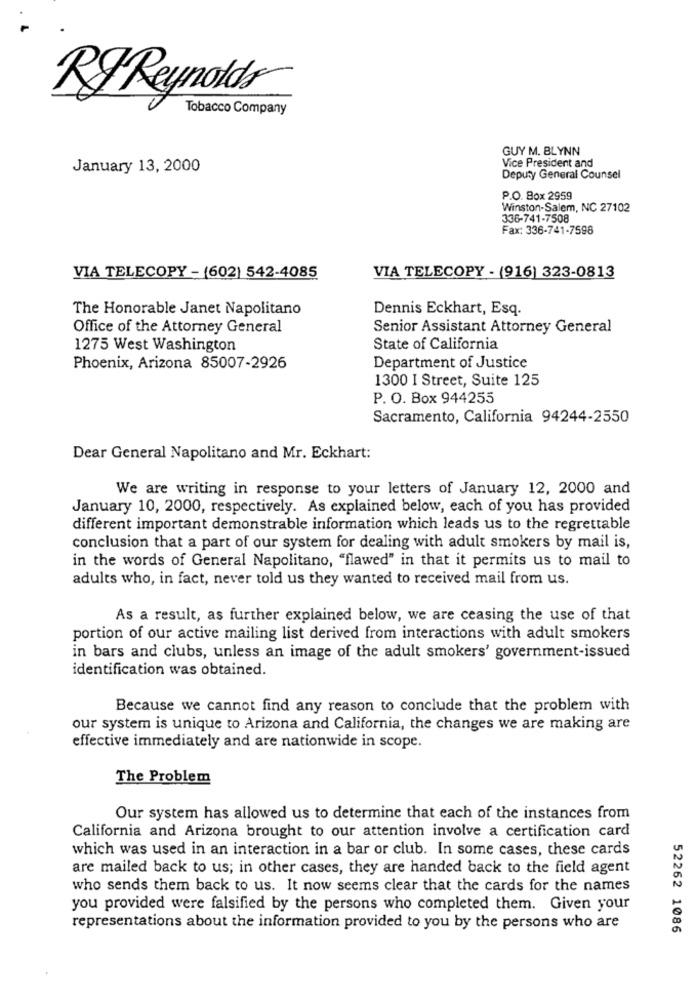
RF Reynolds
Tobacco Company
GUY M. BLYNN
Vice President and
January 13, 2000
Deputy General Counsel
P.O. Box 2959
Winston-Salem, NC 27102
336-741-7508
Fax: 336-741-7598
VIA TELECOPY - (602) 542-4085
VIA TELECOPY - (916) 323-0813
The Honorable Janet Napolitano
Dennis Eckhart, Esq.
Office of the Attorney General
Senior Assistant Attorney General
1275 West Washington
State of California
Phoenix, Arizona 85007-2926
Department of Justice
1300 I Street, Suite 125
P. O. Box 944255
Sacramento, California 94244-2550
Dear General Napolitano and Mr. Eckhart:
We are writing in response to your letters of January 12, 2000 and
January 10, 2000, respectively. As explained below, each of you has provided
different important demonstrable information which leads us to the regrettable
conclusion that a part of our system for dealing with adult smokers by mail is,
in the words of General Napolitano, "flawed" in that it permits us to mail to
adults who, in fact, never told us they wanted to received mail from us.
As a result, as further explained below, we are ceasing the use of that
portion of our active mailing list derived from interactions with adult smokers
in bars and clubs, unless an image of the adult smokers' government-issued
identification was obtained.
Because we cannot find any reason to conclude that the problem with
our system is unique to Arizona and California, the changes we are making are
effective immediately and are nationwide in scope.
The Problem
Our system has allowed us to determine that each of the instances from
California and Arizona brought to our attention involve a certification card
which was used in an interaction in a bar or club. In some cases, these cards
are mailed back to us; in other cases, they are handed back to the field agent
who sends them back to us. It now seems clear that the cards for the names
you provided were falsified by the persons who completed them. Given your
representations about the information provided to you by the persons who are
52262 1086